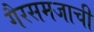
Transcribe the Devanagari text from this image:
गैरसमजाची